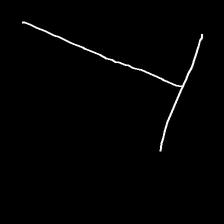
Glyph: column